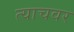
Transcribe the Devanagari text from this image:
त्याचवर